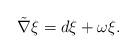
LaTeX: \begin{align*} \tilde{\nabla}\xi=d\xi+\omega\xi.\end{align*}